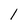
Character: 1